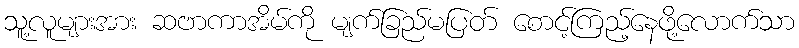
သူ့လူများအား ဆဗာကာအိမ်ကို မျက်ခြည်မပြတ် စောင့်ကြည့်နေဖို့လောက်သာ